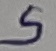
Text: S